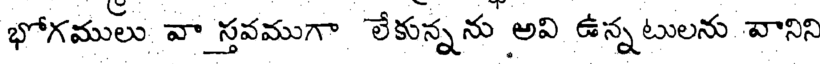
భోగములు వా స్తవముగా లేకున్నను అవి ఉన్నటులను వానిని